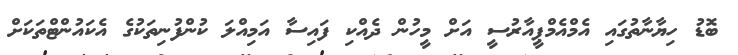
ބޮޑު ހިޔާނާތުގައި އެމްއެމްޕީއާރުސީ އަށް މީހުން ދެއްކި ފައިސާ އަމިއްލަ ކުންފުނިތަކުގެ އެކައުންޓްތަކަށް